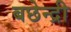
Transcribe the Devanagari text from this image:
बछेन्द्री